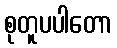
စုတူပပါတော